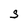
Character: S